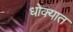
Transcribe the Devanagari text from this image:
धोक्‍यात